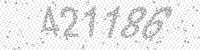
Solution: 421186